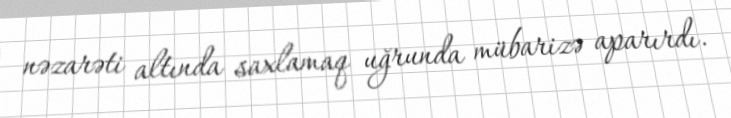
nəzarəti altında saxlamaq uğrunda mübarizə aparırdı.